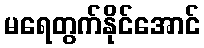
မရေတွက်နိုင်အောင်